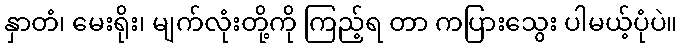
နှာတံ၊ မေးရိုး၊ မျက်လုံးတို့ကို ကြည့်ရ တာ ကပြားသွေး ပါမယ့်ပုံပဲ။